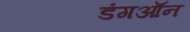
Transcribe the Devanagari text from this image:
डंगऑन